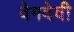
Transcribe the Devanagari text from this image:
वेगदेवी